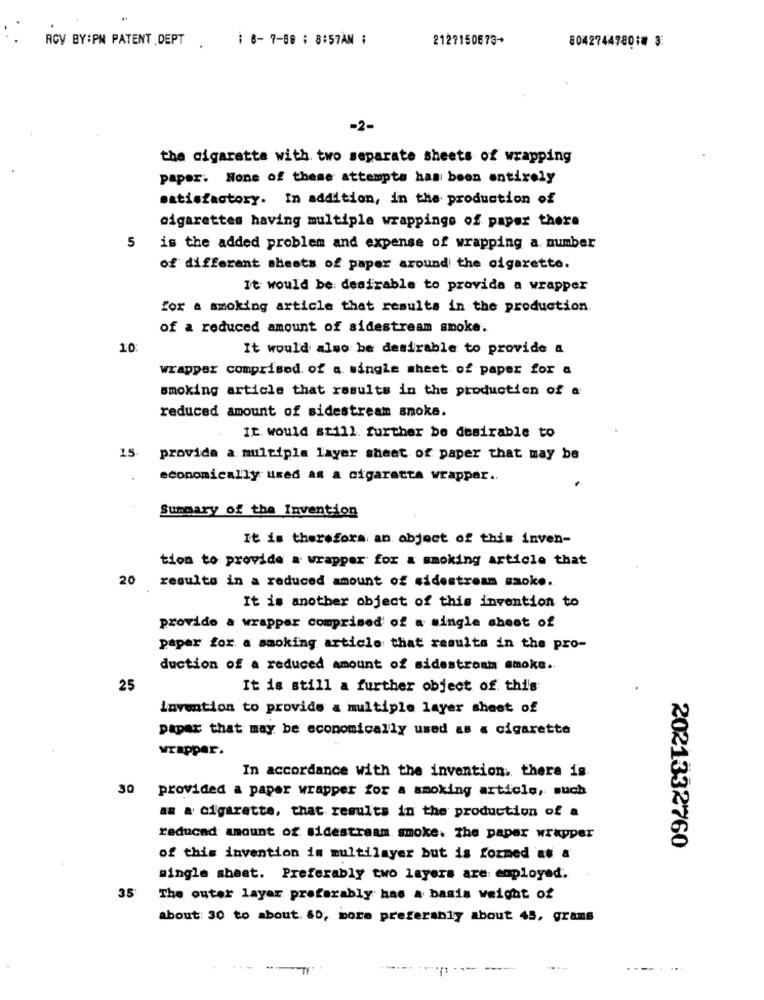
RCV BY:PN PATENT .DEPT .
: 6-7-88 ; 8:57AN ;
2127150673+
80427447801# 3:
-2-
the cigarette with two separate sheets of wrapping
paper: None of these attempts has been entirely
satisfactory. In addition, in the production of
cigarettes having multiple wrappings of paper there
5
is the added problem and expense of wrapping a. number
of different sheets of paper around the cigarette.
It would be desirable to provide a wrapper
for a smoking article that results in the production.
of a reduced amount of sidestream smoke.
10
It would also be desirable to provide a
wrapper comprised of a single sheet of paper for a
smoking article that results in the production of a
reduced amount of sidestream smoke.
It would still. further be desirable to
15
provide a multiple layer sheet of paper that may be
economically used as a cigaracta wrappar ..
Summary of the Invention
It is therefors an object of this inven-
tion to provide a wrapper for a smoking article that
results in a reduced amount of sidestream smoke.
20
It is another object of this invention to
provido a wrapper comprised of a single sheet of
paper for a smoking article that results in the pro-
duction of a reduced amount of sidestroam smoke ..
25
It is still a further object of this
invention to provide a multiple layer sheet of
papar that may be economically used as a cigarette
wrapper.
In accordance with the invention. there is.
30
provided a paper wrapper for a smoking article, such
as a cigarette, that results in the production of a
raducad amount of sidestream smoke. The paper wrayper
2021332760
of this invention in multilayer but is formed af a
single sheet. Preferably two layers are: employed.
35
The outer layer preferably has a basis weight of
about: 30 to about. 60, more preferably about 45, grams